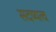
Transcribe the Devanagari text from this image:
सदष्यत्व